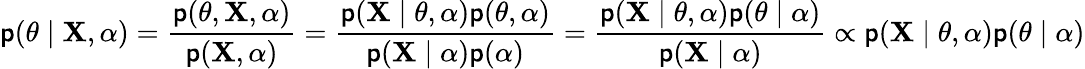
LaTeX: \mathsf{p}(\theta\mid\mathbf{{X}},\alpha)={\frac{{\mathsf{p}(\theta,\mathbf{{X}},\alpha)}}{{\mathsf{p}(\mathbf{{X}},\alpha)}}}={\frac{{\mathsf{p}(\mathbf{{X}}\mid\theta,\alpha)\mathsf{p}(\theta,\alpha)}}{{\mathsf{p}(\mathbf{{X}}\mid\alpha)\mathsf{p}(\alpha)}}}={\frac{{\mathsf{p}(\mathbf{{X}}\mid\theta,\alpha)\mathsf{p}(\theta\mid\alpha)}}{{\mathsf{p}(\mathbf{{X}}\mid\alpha)}}}\propto\mathsf{p}(\mathbf{{X}}\mid\theta,\alpha)\mathsf{p}(\theta\mid\alpha)